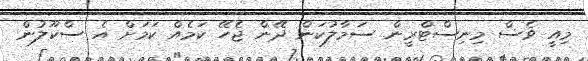
މިއީ ވެސް މިނިސްޓްރީން ސަމާލުކަން ދޭން ޖެހޭ ކަމެއް ކަމަށް އެ ސްކޫލުން